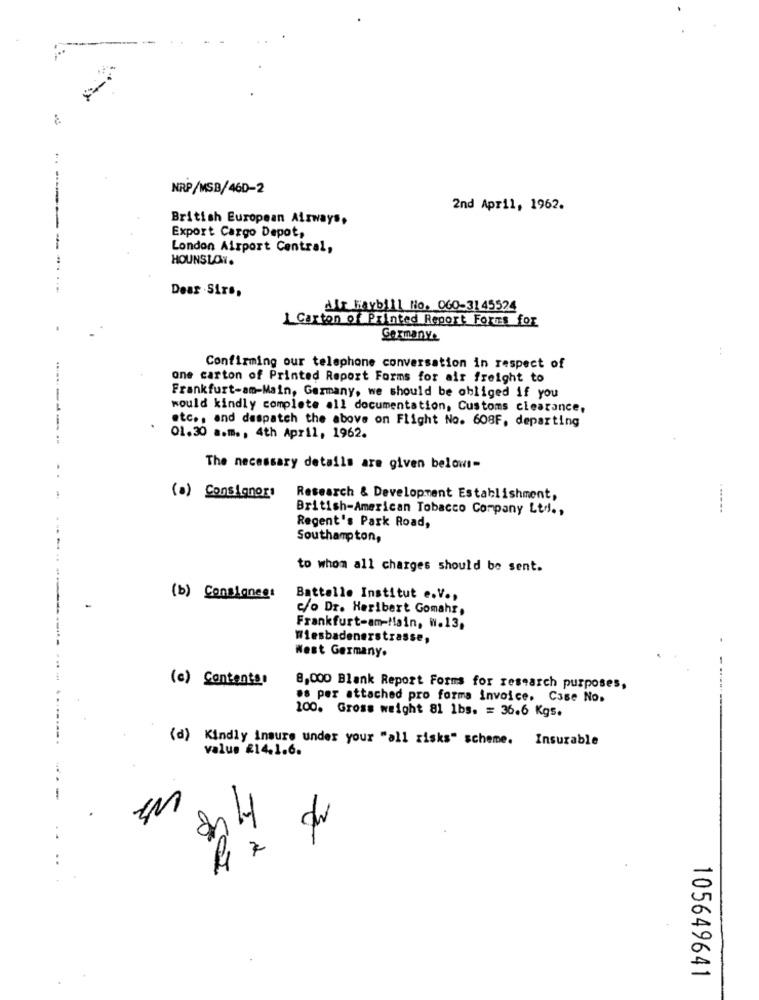
NRP/MSB/46D-2
2nd April, 1962.
British European Airways,
Export Cargo Depot,
-----
London Airport Central,
HOUNSLOW.
Dear Sirs,
dir Haybill No. 060-3145524
1 Carton of Printed Report Forms for
Germany.
:
Confirming our telephone conversation in respect of
one carton of Printed Report Forms for air freight to
------
Frankfurt-am-Main, Germany, we should be obliged if you
would kindly complete all documentation, Customs clearance,
etc ., and despatch the above on Flight No. 608F, departing
-
01.30 a.m ., 4th April, 1962.
The necessary details are given belows-
(a) Consignor
Research & Development Establishment,
British-American Tobacco Company Ltd .,
Regent's Park Road,
Southampton,
to whom all charges should be sent.
(b) Consignees
Battello Institut e.V .,
c/o Dr. Heribert Gomahr,
Frankfurt-am-Main, W.13,
Wiesbadenerstrasse,
West Germany.
(c) Contenter
8,000 Blank Report Forms for research purposes,
.8 per attached pro forma invoice. Case No.
100. Gross weight 81 lbs. = 36.6 Kgs.
(d) Kindly insure under your "all risks" scheme. Insurable
value £14.1.6.
-
2
-
di
7
105649641